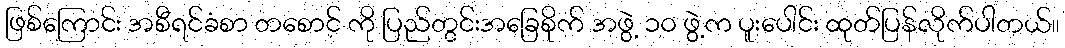
ဖြစ်ကြောင်း အစီရင်ခံစာ တစောင် ကို ပြည်တွင်းအခြေစိုက် အဖွဲ့ ၁ဝ ဖွဲ့က ပူးပေါင်း ထုတ်ပြန်လိုက်ပါတယ်။